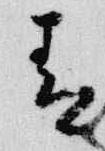
青